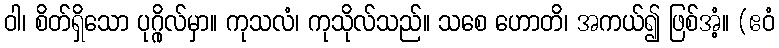
ဝါ၊ စိတ်ရှိသော ပုဂ္ဂိုလ်မှာ။ ကုသလံ၊ ကုသိုလ်သည်။ သစေ ဟောတိ၊ အကယ်၍ ဖြစ်အံ့။ (ဧဝံ